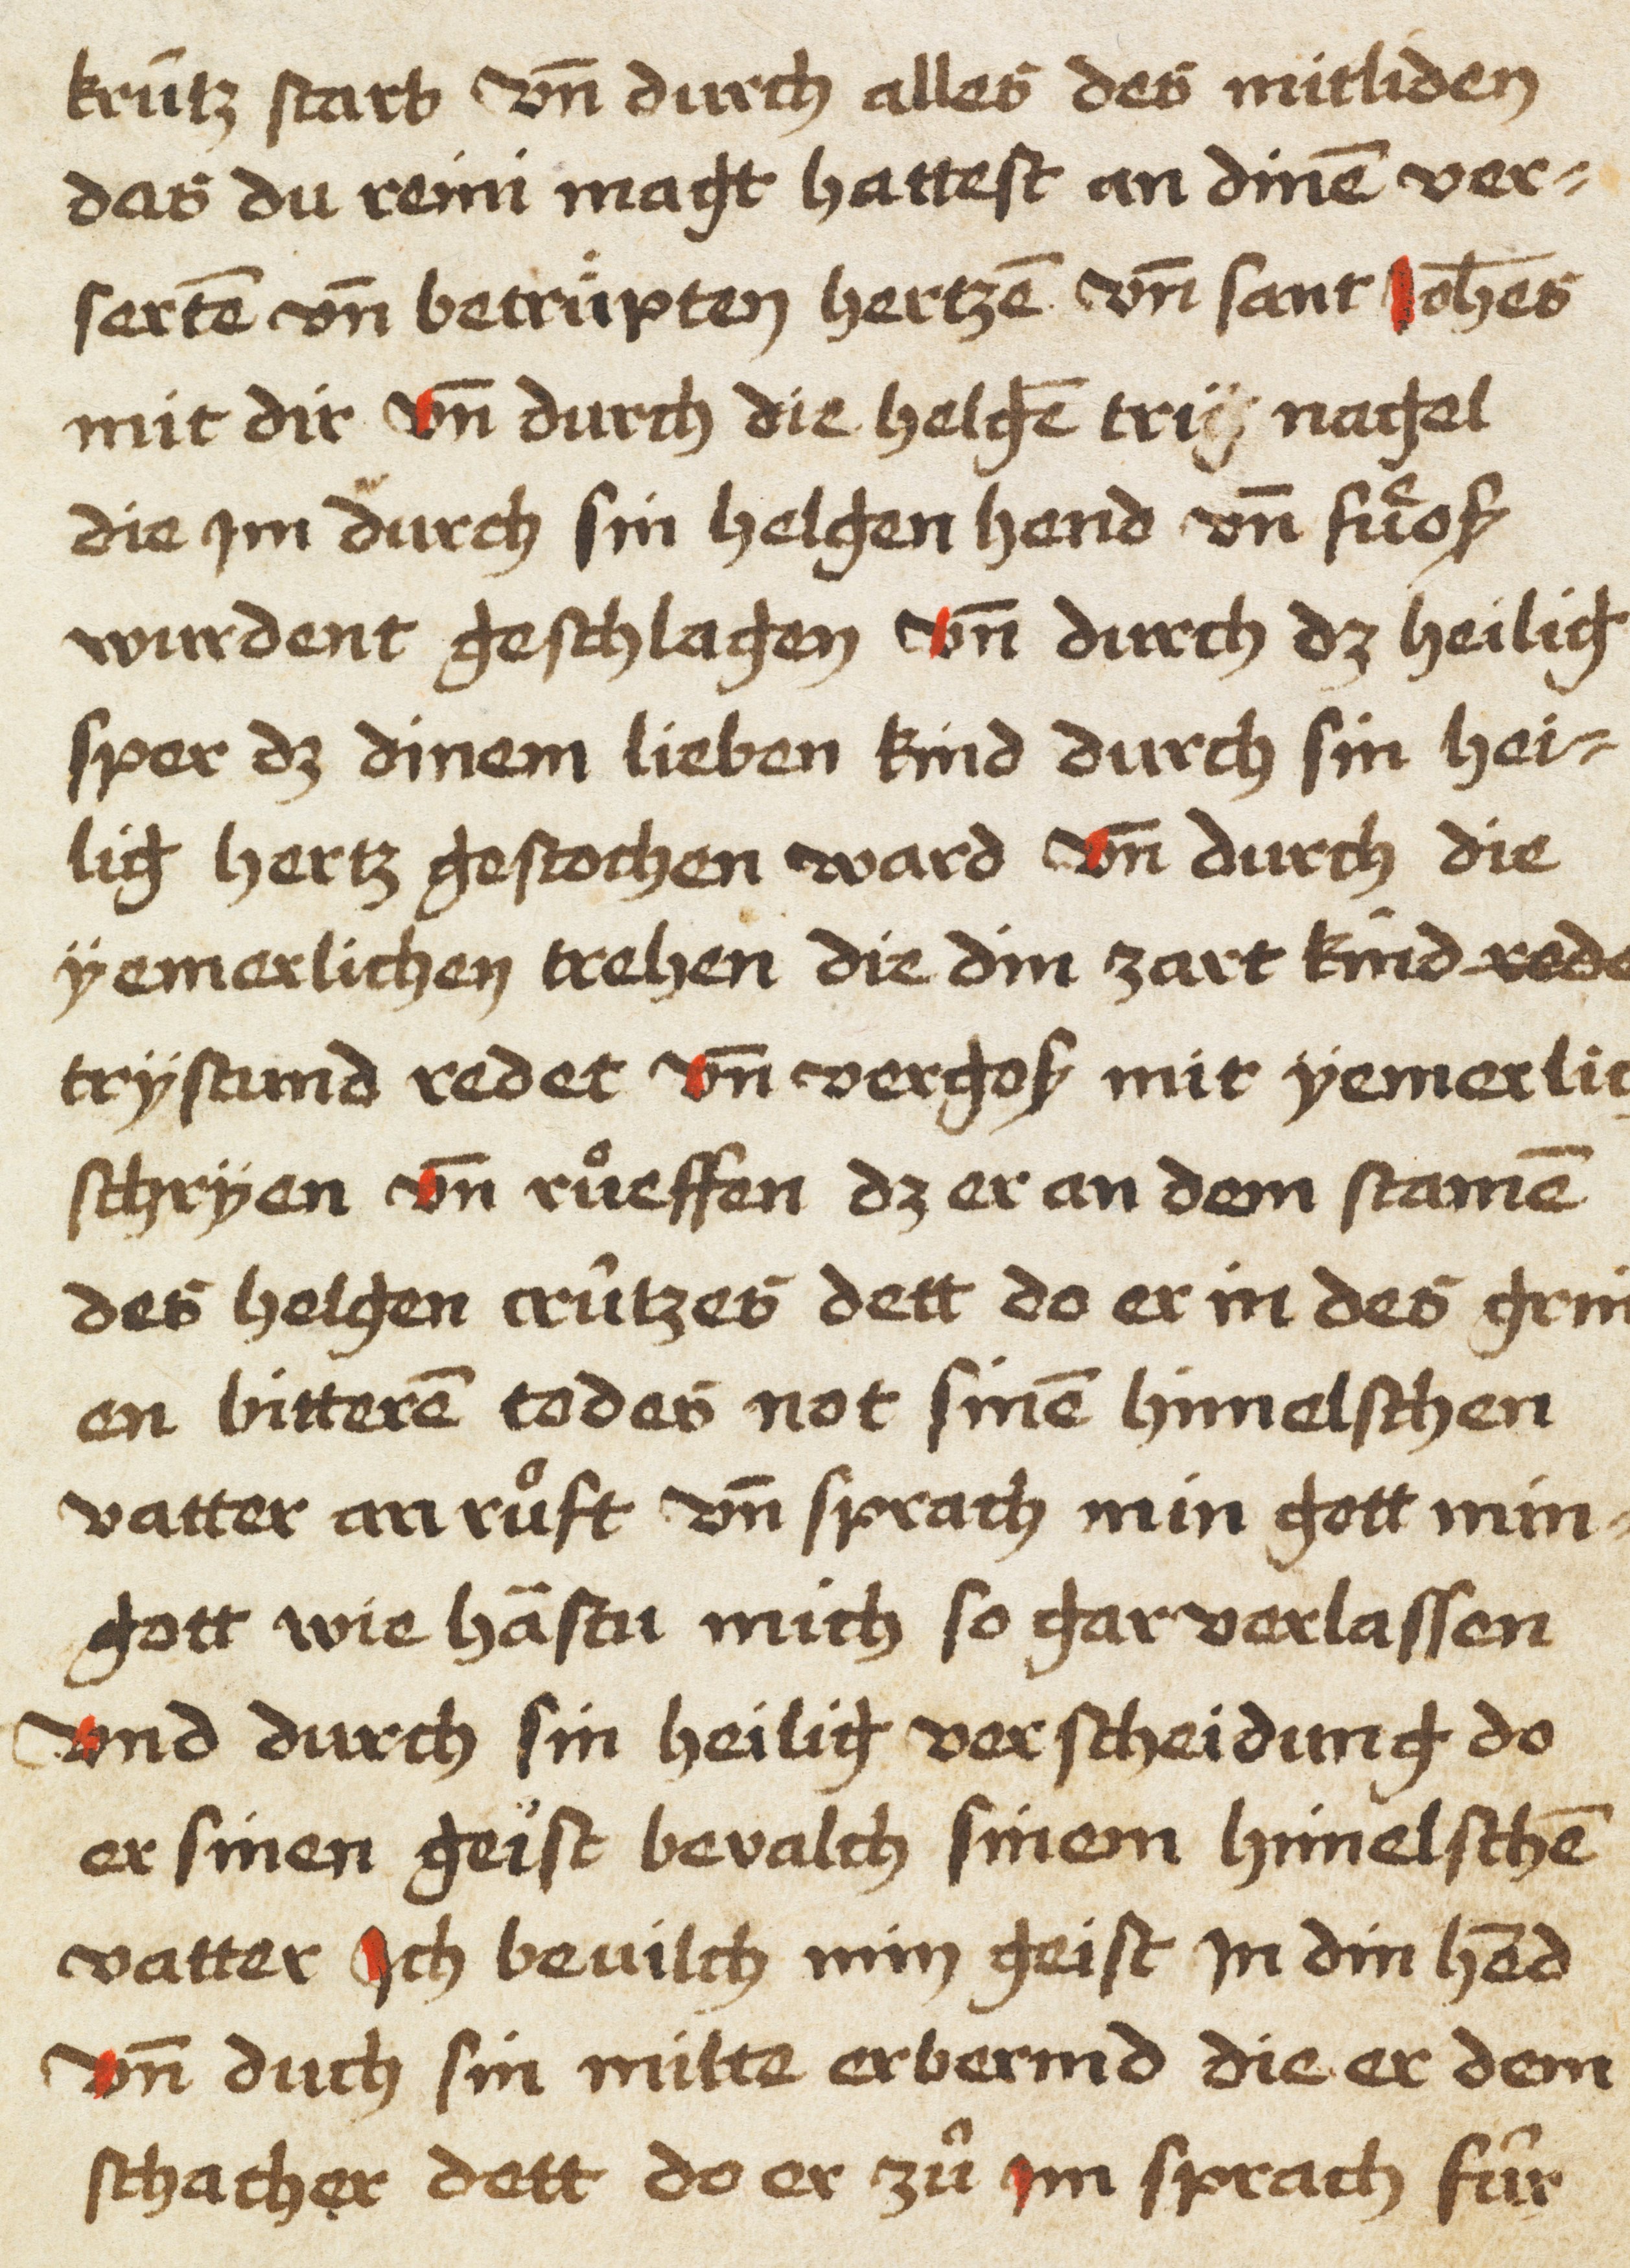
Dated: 1450–1499